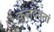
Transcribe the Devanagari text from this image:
कुलदेवतां